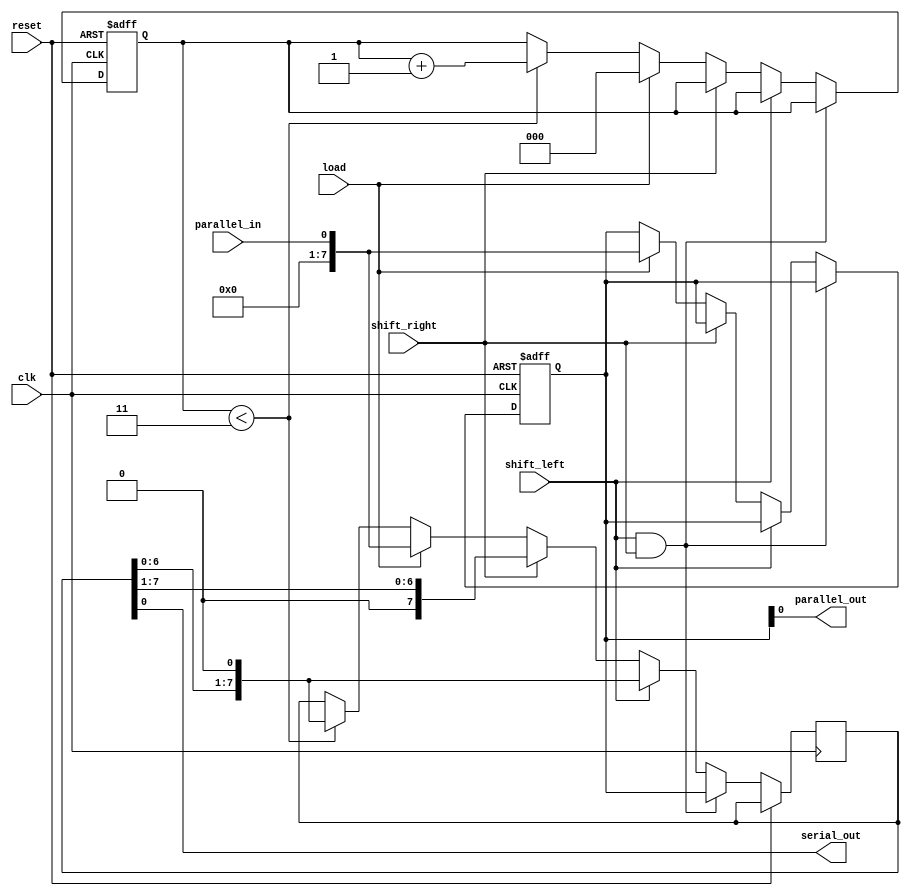
module universal_shift_register (
    input wire clk,
    input wire reset,
    input wire shift_left,
    input wire shift_right,
    input wire load,
    input wire parallel_in,
    output wire parallel_out,
    output reg serial_out
);

reg [7:0] data;
reg [7:0] shifted_data;
reg [2:0] shift_count;

always @(posedge clk or posedge reset) begin
    if (reset) begin
        data <= 8'b0;
        shift_count <= 3'b0;
    end else begin
        if (shift_left && shift_right) begin
            shifted_data <= data;
        end else if (shift_left) begin
            shifted_data <= {shifted_data[6:0], 1'b0};
        end else if (shift_right) begin
            shifted_data <= {1'b0, shifted_data[7:1]};
        end else if (load) begin
            data <= parallel_in;
            shifted_data <= parallel_in;
            shift_count <= 3'b0;
        end else begin
            if (shift_count < 3) begin
                shifted_data <= {shifted_data[6:0], 1'b0};
                shift_count <= shift_count + 1;
            end
        end
    end
end

assign parallel_out = data;
assign serial_out = shifted_data[0];

endmodule